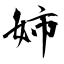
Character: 姉